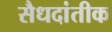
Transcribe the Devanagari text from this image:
सैधदांतीक